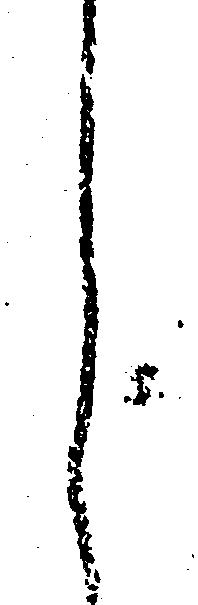
し